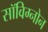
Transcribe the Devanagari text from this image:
सॉविग्नोन